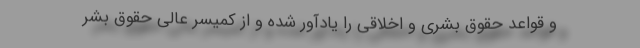
و قواعد حقوق بشری و اخلاقی را یادآور شده و از کمیسر عالی حقوق بشر